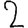
Digit: 2